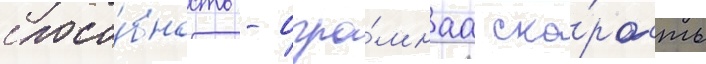
спосо́бность - огро́мнаа ско́рость